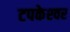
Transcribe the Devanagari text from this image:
टपकेश्‍वर